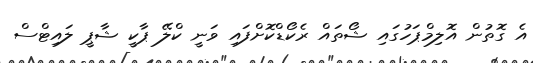
އެ ގޮތުން އޮލިމްޕަހުގައި ޝޯތައް ރެކޯޑްކޮށްފައި ވަނީ ކްލޭ ޕާކީ ޝާޕީ ލައިޓްސް